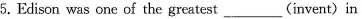
5.Edison was one of the greatest___(invent) in